Scottish Certificate of Education, 1962
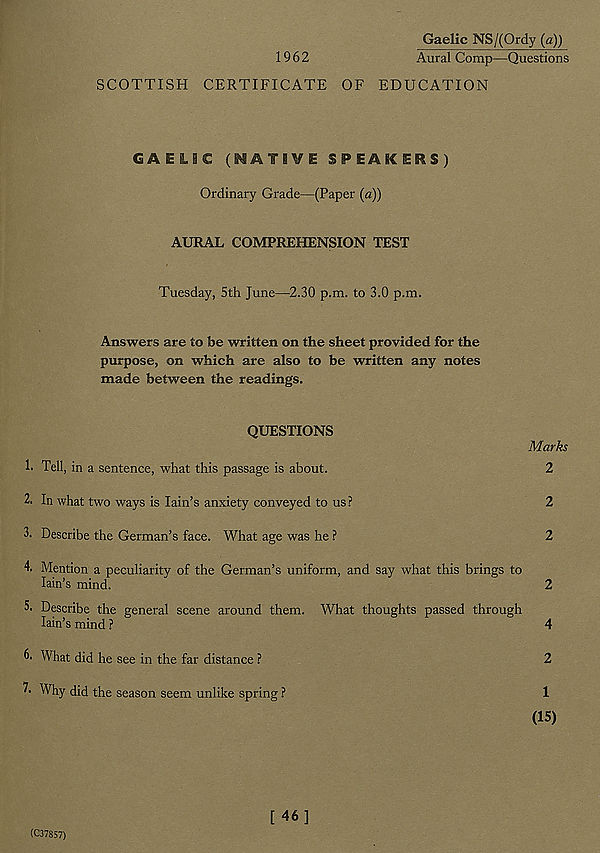
Gaelic NS/(Ordy (a))
1962
Aural Comp—Questions
SCOTTISH CERTIFICATE OF EDUCATION
GAELSC (NATIVE SPEAKERS)
Ordinary Grade—(Paper (a))
AURAL COMPREHENSION TEST
Tuesday, 5th June—2.30 p.m. to 3.0 p.m.
Answers are to be written on the sheet provided for the
purpose, on which are also to be written any notes
made between the readings.
QUESTIONS
Marks
1. Tell, in a sentence, what this passage is about.
2
2. In what two ways is Iain’s anxiety conveyed to us?
2
3. Describe the German’s face. What age was he ?
2
4. Mention a peculiarity of the German’s uniform, and say what this brings to
Iain’s mind.
2
5. Describe the general scene around them. What thoughts passed through
Iain’s mind?
8
^
&
4
6. What did he see in the far distance ?
2
7- Why did the season seem unlike spring ?
1
(15)
(C37857)
[46]